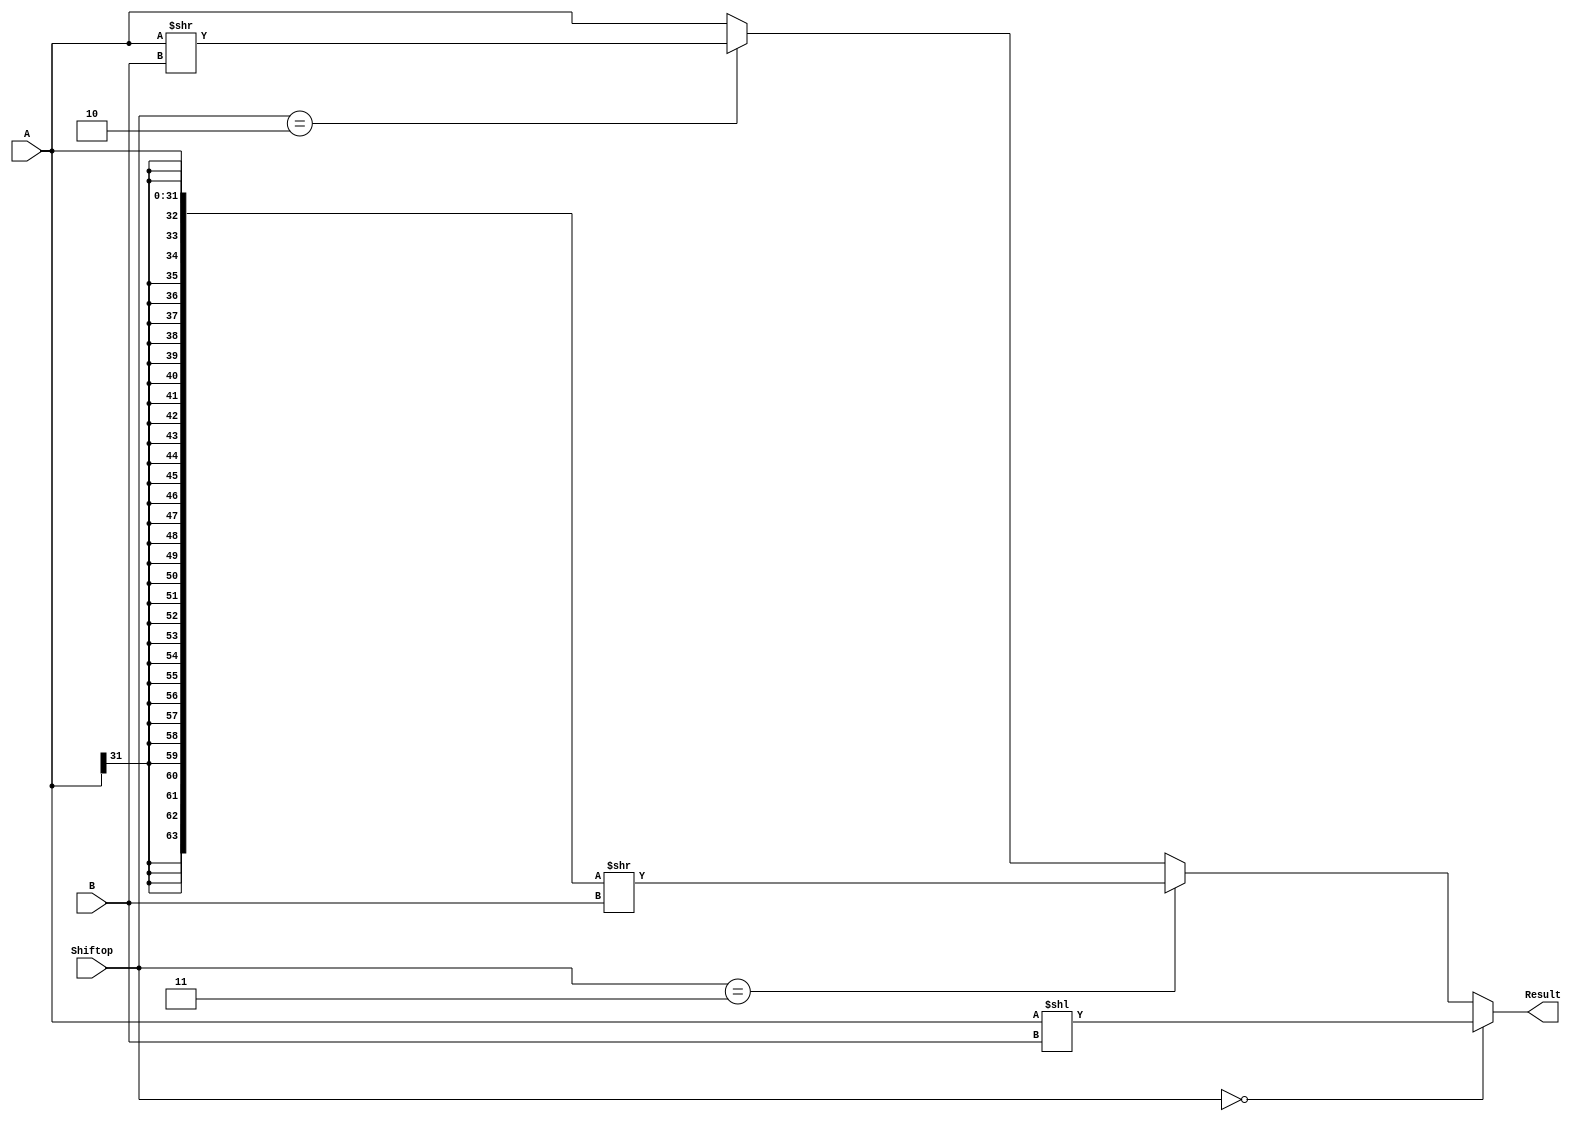
`timescale 10 ns / 1 ns

`define DATA_WIDTH 32

module shifter (
	input [`DATA_WIDTH - 1:0] A,
	input [`DATA_WIDTH - 1:0] B,
	input [1:0] Shiftop,
	output [`DATA_WIDTH - 1:0] Result
);

	// TODO: Please add your logic code here
	wire [63:0] A1;
	wire [63:0] temp;
	wire [31:0] result;
	assign A1={{32{A[31]}},A};
	assign temp=A1>>B;
	assign result=temp[31:0];	
	assign Result= (Shiftop==2'b00) ? A<<B : (Shiftop==2'b11) ? result : (Shiftop==2'b10) ? A>>B : A;//{{B{A[31]}},A[31-B:0]}

endmodule